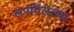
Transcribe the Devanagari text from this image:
लपविलेल्या